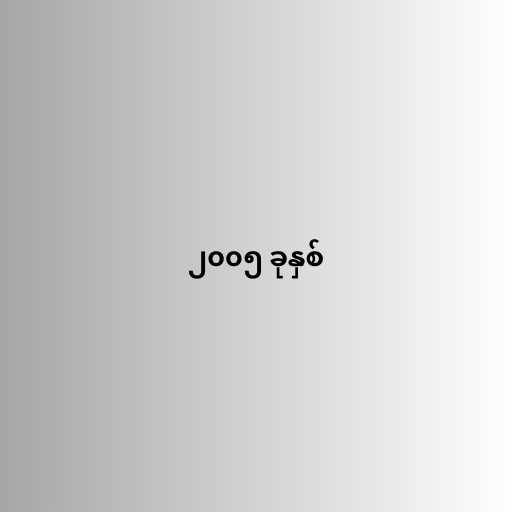
၂၀၀၅ ခုနှစ်